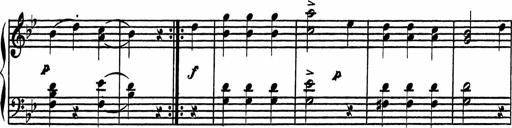
Title: 4 Piano Sonatinas
Composer: Adam Geibel